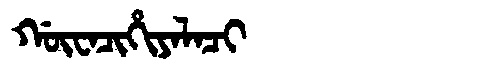
Manchu: ᡤᡡᠸᠠᠴᡳᡥᡳᠶᠠᠯᠠᠴᡳ
Romanization: GŪWACIHIYALACI